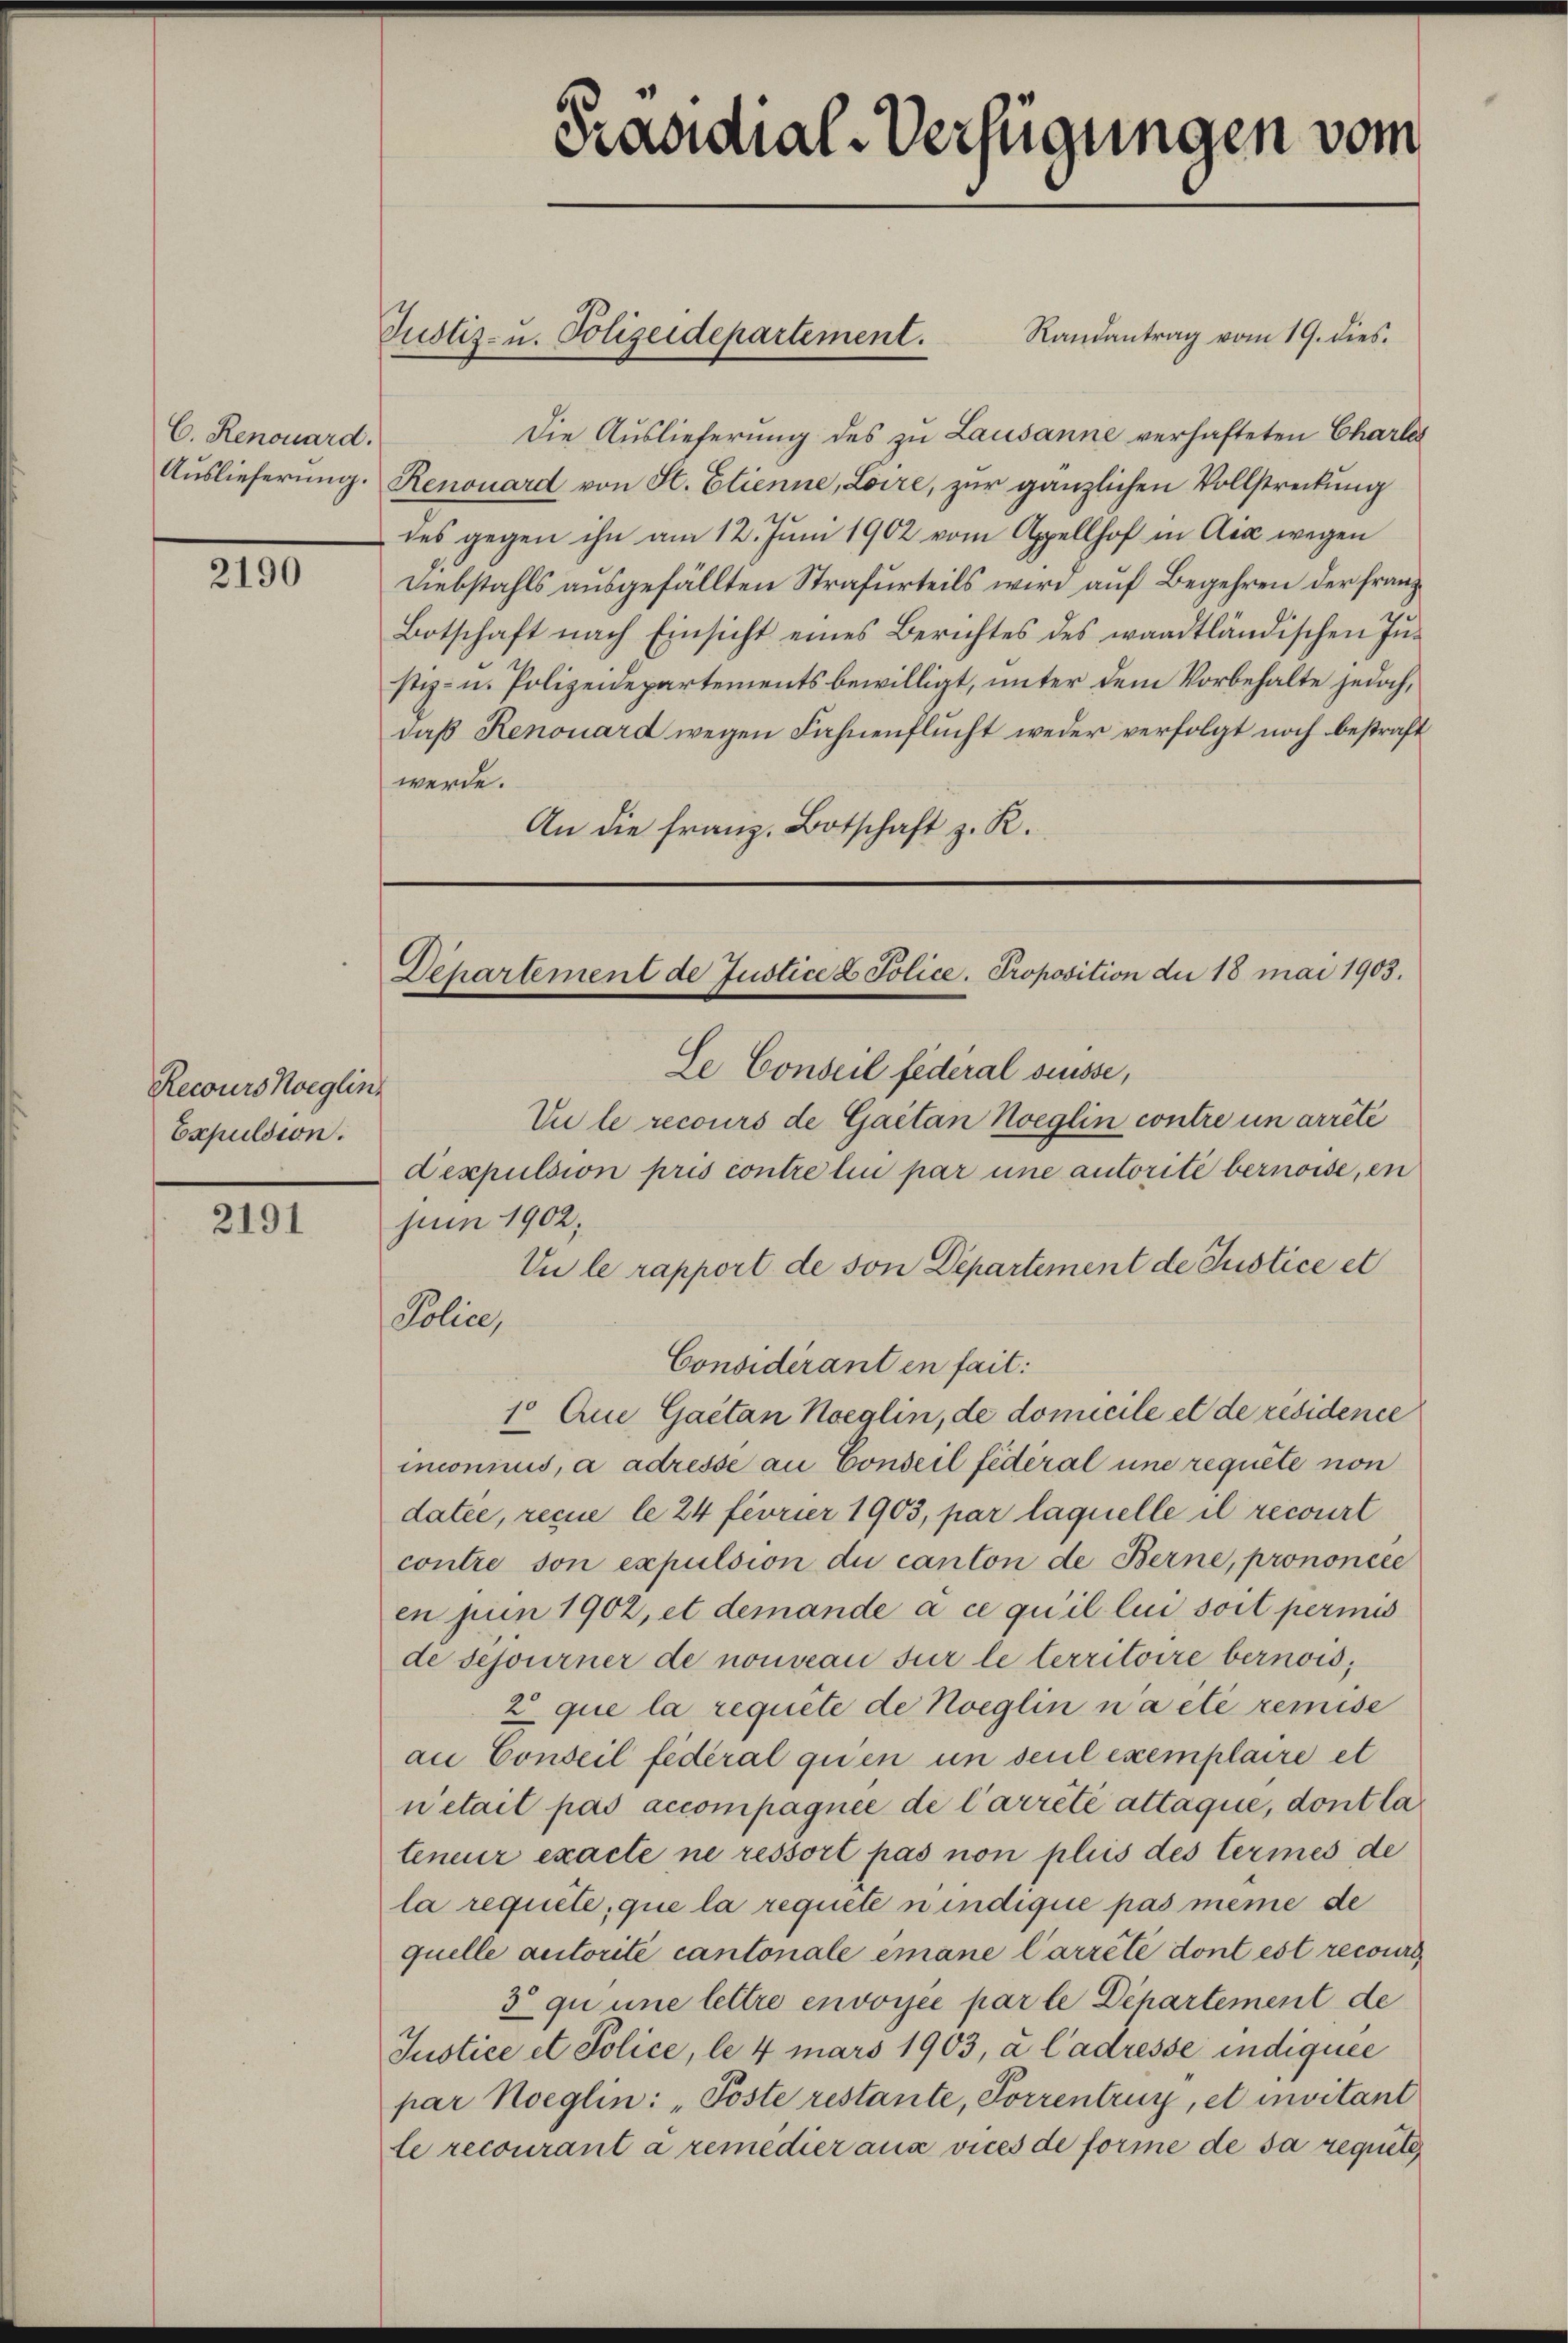
C. Renouard.

2190

Recours Koeglin
Expulsion.

2191

Justiz- u. Polizeidepartement.

Prandial-Verfügungen vom

Randantrag vom 19. dies.
Die Auslieferung des zu Lausanne verhafteten Charles
Auslieferung. Renouard von St. Etienne, Loire, zur gänzlichen Vollstreckung
des gegen ihn am 12. Juni 1902 vom Appellhof in Aix wegen
Diebstahls ausgefällten Strafurteils wird auf Begehren der franz¬
Botschaft nach Einsicht eines Berichtes des waadtländischen In-
stiz- u. Polizeidepartements bewilligt, unter dem Vorbehalte jedoch,
daß Renouard wegen Fahnenflucht weder verfolgt noch bestraft
werde.
An die franz. Botschaft z. R.

Departement de Justice 2 Police Proposition die 18 mai 1903.

Le Conseil fédéral suisse,
Du le recours de Gaetan Koeglin contre un arrêté
Dexpulsion pris contre lin par une autorité bernoise, en
jun 1902.
Vu le rapport de son Departement de Justice et
Police,
Considérant en fait:
10 Aue Gaetan Koeglin, de domicile et de residence
mnconiuis, à adresse an Conseil fédéral une requite von
datée, recue le 24 féorier 1903, par laquelle il recourt
contre son expulsion du canton de Berne, prononcée
en jun 1902, et demande à ce qu’il lui soit permis
de Sejourner de nomeau sur le territoire bernois,
2 que la requite de Noeglin n a été remise
an Conseil fédéral quien um seul exemplaire et
netail pas accompagnée de l’arrêté attaque, dont la
teneur exacte ne ressort pas non pluis des termes de
la requite, que la requete nindique pas même de
quelle autorité cantonale emane Carreté dont est recours
3 qu une lettre envoyée par le Departement de
Justice et Police, le 4 mars 1903, à Cadresse indiquée
par Noeglin: „Poste restante, Forrentrug, et invitant
le recourant a remedier aus vices de forme de sa requete